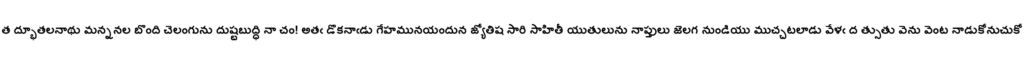
త ద్భూతలనాథు మన్ననల బొంది చెలంగును దుష్టబుద్ధి నా చం! అతఁ డొకనాఁడు గేహమునయందున జ్యోతిష సారి సాహితీ యుతులును నాప్తులు జెలగ నుండియు ముచ్చటలాడు వేళఁ ద త్సుతు వెను వెంట నాడుకోనుచుకో